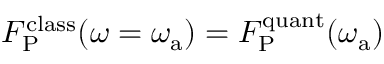
F _ { \mathrm { P } } ^ { \mathrm { c l a s s } } ( \omega = \omega _ { \mathrm { a } } ) = F _ { \mathrm { P } } ^ { \mathrm { q u a n t } } ( \omega _ { \mathrm { a } } )